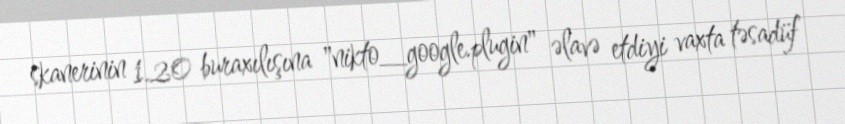
skanerinin 1.20 buraxılışına "nikto_google.plugin" əlavə etdiyi vaxta təsadüf